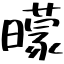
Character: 曚